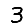
Digit: 3